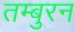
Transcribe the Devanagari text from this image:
तम्बुरन